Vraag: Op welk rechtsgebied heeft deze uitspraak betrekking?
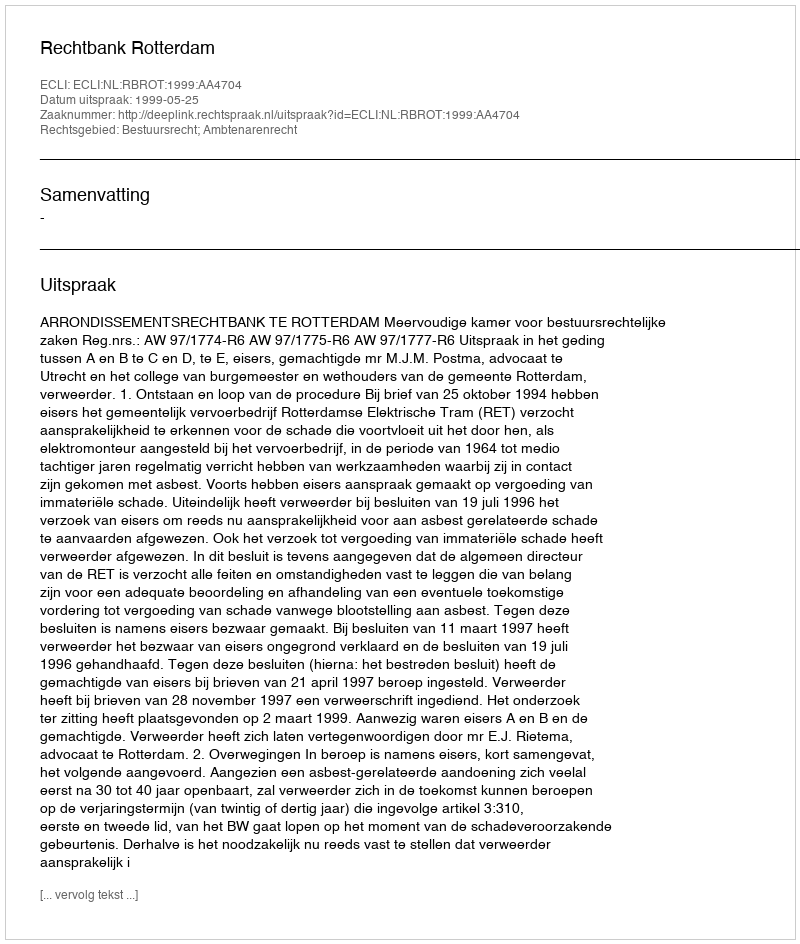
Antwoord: Bestuursrecht; Ambtenarenrecht